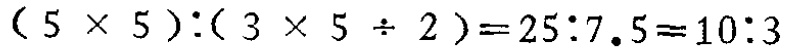
\((5\times 5):(3\times 5\div 2)=25:7.5 = 10:3\)